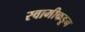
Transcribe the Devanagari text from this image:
स्वामीकडून